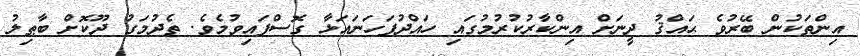
އިންތަކުން ބޭރުވެ ޙައްޤު ދީނަށް އިންކާރުކުރުމުގައި ހައްދުފަހަނައަޅާ ގޮސްފައިވުމެވެ. ތެދުމަގު ދޫކޮށް ބާޠިލު